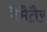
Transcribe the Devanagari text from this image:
दैमैतैर